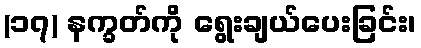
(၁၇) နက္ခတ်ကို ရွေးချယ်ပေးခြင်း၊